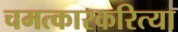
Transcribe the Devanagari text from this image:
चमत्कारकरित्या